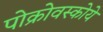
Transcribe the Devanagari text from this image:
पोक्रोवस्कोये